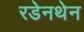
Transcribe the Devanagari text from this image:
रडेनथेन